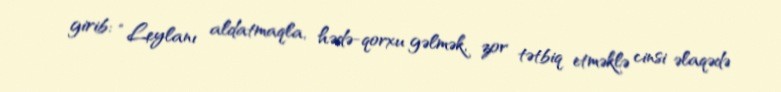
girib: “Leylanı aldatmaqla, hədə-qorxu gəlmək, zor tətbiq etməklə cinsi əlaqədə